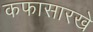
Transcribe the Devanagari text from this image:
कफासारखे